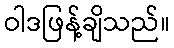
ဝါဒဖြန့်ချိသည်။